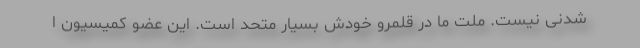
شدنی نیست. ملت ما در قلمرو خودش بسیار متحد است. این عضو کمیسیون ا